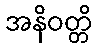
အနိဝတ္တိ